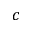
^ c